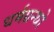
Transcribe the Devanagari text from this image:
धर्मग्रन्थो